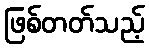
ဖြစ်တတ်သည့်